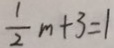
\frac { 1 } { 2 } m + 3 = 1